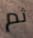
ثم